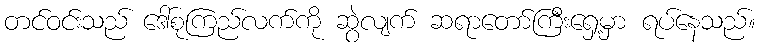
တင်ဝင်းသည် ဒေါ်စုကြည်လက်ကို ဆွဲလျက် ဆရာတော်ကြီးရှေ့မှာ ရပ်နေသည်။